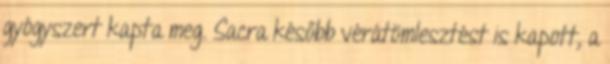
gyógyszert kapta meg. Sacra később vérátömlesztést is kapott, a